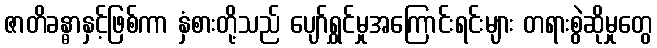
ဇာတိခန္ဓာနှင့်ဖြစ်ကာ နှံစားတို့သည် ပျော်ရွှင်မှုအကြောင်းရင်းများ တရားစွဲဆိုမှုတွေ